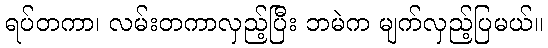
ရပ်တကာ၊ လမ်းတကာလှည့်ပြီး ဘမဲက မျက်လှည့်ပြမယ်။